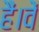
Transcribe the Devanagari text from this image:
हैं।वें